Report on vaccination in Madras 1922-1929 - 1922-1929
Year: 1922
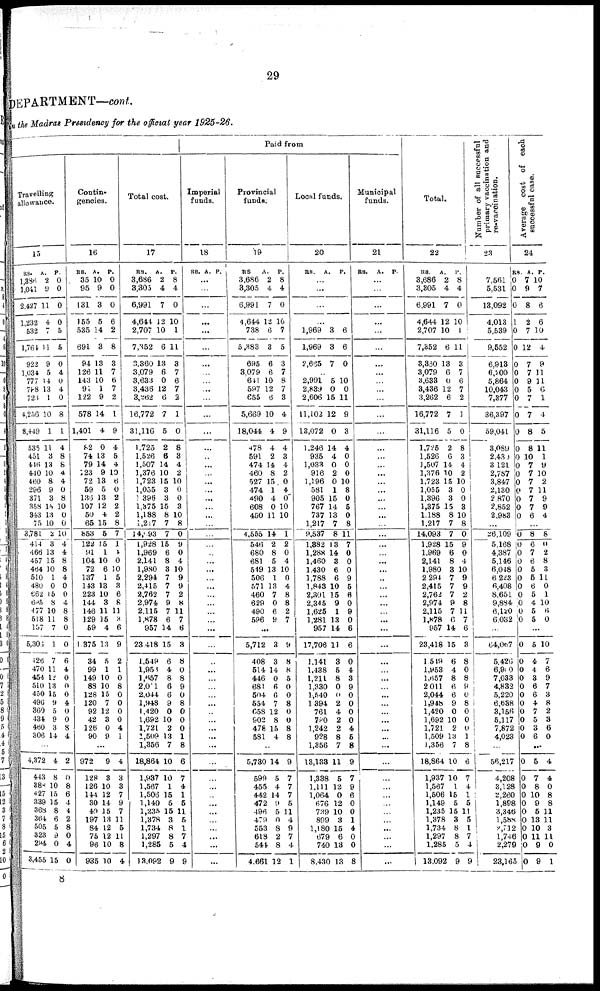
29
DEPARTMENT—cont.
in the Madras Presidency for the official year 1925-26.
Travelling
allowance.
15
RS.
l,386
1,041
2,427
1,232
532
1,764
922
1,034
777
788
723
4,256
8,449
535
451
446
440
460
296
371
358
343
75
3,781
414
466
457
464
510
480
662
695
477
518
157
6,306
426
470
454
510
450
496
360
434
460
306
A.
2
9
11
4
7
11
9
5
14
13
1
10
1
11
3
13
10
8
9
3
15
13
10
2
3
13
15
10
1
0
15
8
10
11
7
1
7
11
12
13
15
9
5
9
3
14
P.
0
0
0
0
5
5
0
4
0
4
0
8
1
4
8
8
4
4
0
8
10
0
0
10
4
4
8
8
4
0
0
4
8
8
0
0
6
4
0
0
0
4
0
0
8
4
...
4,372
443
383
427
339
368
364
505
323
294
3,455
4
8
10
15
15
8
6
5
9
0
15
2
0
8
6
4
4
2
8
0
4
0
Contin-
gencies.
16
RS.
35
95
131
155
535
691
94
126
143
91
122
578
1,401
82
74
79
123
72
59
136
107
50
65
853
122
91
104
72
137
143
223
144
146
129
59
1,375
34
99
149
83
128
120
92
42
126
90
A.
10
9
3
5
14
3
13
11
10
1
9
14
4
0
13
14
9
13
5
13
12
4
15
5
15
1
10
6
1
13
10
3
11
15
4
13
5
1
10
10
15
7
12
3
0
9
P.
0
0
0
6
2
8
3
7
6
7
2
1
9
4
5
4
10
6
0
2
2
2
8
7
1
4
0
10
5
3
6
8
11
3
6
9
2
1
0
8
0
0
0
0
4
1
...
972
128
126
144
30
40
197
84
75
96
935
9
3
10
12
14
15
13
12
12
10
10
4
3
3
7
9
7
11
5
11
8
4
Total cost.
17
RS.
3,686
3,305
6,991
4,641
2,707
7,352
3,360
3,079
3,633
3,436
3,262
16,772
31,116
1,725
1,526
1,507
1,376
1,723
1,055
1,396
1,375
1,188
1,217
14,093
1,928
1,969
2,141
1,980
2,294
2,415
2,762
2,974
2,115
1,878
957
23,418
1,549
1,953
1,657
2,001
2,044
1,948
1,420
1,692
1,721
1,509
1,356
18,864
1,987
1,567
1,506
1,149
1,235
1,378
1,734
1,297
1,285
13,092
A.
2
4
7
12
10
6
13
6
0
12
6
7
5
2
6
14
10
15
3
3
15
8
7
7
15
6
8
3
7
7
7
9
7
6
14
15
6
4
8
6
6
9
0
10
2
13
7
10
10
1
15
5
15
3
8
8
5
9
P.
8
4
0
10
1
11
3
7
6
7
2
1
0
8
3
4
2
10
0
0
3
10
8
0
9
0
4
10
9
9
2
8
11
7
6
3
8
0
8
9
0
8
0
0
0
1
8
6
7
4
1
5
11
5
1
7
4
9
Paid from
Imperial
funds.
18
RS. A. P.
...
...
...
...
...
...
...
...
...
...
...
...
...
...
...
...
...
...
...
...
...
...
...
...
...
...
...
...
...
...
...
...
...
...
...
...
...
...
...
...
...
...
...
...
...
...
...
...
...
...
...
...
...
...
...
...
...
...
Provincial
funds.
19
RS.
3,686
3,305
6,991
4,644
738
5,383
695
3,079
611
597
655
5,669
18,044
478
591
474
460
527
474
490
608
450
A.
2
4
7
12
6
3
6
6
10
12
6
10
4
4
2
14
8
15
1
4
0
11
P.
8
4
0
10
7
5
3
7
8
7
3
4
9
4
3
4
2
0
4
0
10
10
...
4,555
546
680
681
549
506
571
460
629
490
596
14
2
8
5
13
1
13
7
0
6
9
1
2
0
4
10
0
4
8
8
2
7
...
5,712
408
514
446
681
504
554
658
902
478
581
3
3
14
0
6
6
7
12
8
15
4
9
8
8
5
0
0
8
0
0
8
8
...
5,730
599
455
442
472
496
479
553
618
544
4,661
14
5
4
14
9
5
0
8
2
8
12
9
7
7
7
5
11
4
9
7
4
1
Local funds.
20
RS.
A. P.
...
...
...
...
1,969
1,969
2,635
3
3
7
6
6
0
...
2,991
2,839
2,606
11,102
13,072
1,246
935
1,033
916
1,196
581
905
767
737
1,217
9,537
1,382
1,288
1,460
1,430
1,788
1,843
2,301
2,345
1,625
1,281
957
17,706
1,141
1,438
1,211
1,330
1,540
1,394
761
780
1,242
928
1,356
13,133
1,338
1.111
1,064
676
739
899
1,180
679
740
8,430
5
0
15
12
0
14
4
0
2
0
1
15
14
13
7
8
13
14
3
6
6
10
15
9
1
13
14
11
3
5
8
0
0
2
4
2
2
8
7
11
5
12
0
12
10
3
15
6
18
13
10
0
11
9
3
4
0
0
0
10
8
0
5
0
8
11
7
0
0
0
9
5
6
0
9
0
6
6
0
4
3
9
0
0
0
0
4
5
8
9
7
9
6
0
0
1
4
0
0
8
Municipal
funds.
21
RS. A. P.
...
...
...
...
...
...
...
...
...
...
...
...
...
...
...
...
...
...
...
...
...
...
...
...
...
...
...
...
...
...
...
...
...
...
...
...
...
...
...
...
...
...
...
...
...
...
...
...
...
...
...
...
...
...
...
...
...
...
Total.
22
RS.
3,686
3,305
6,991
4,644
2,707
7,352
3,330
3,079
3,633
3,436
3,262
16,772
31,116
1,725
1,526
1,507
1,376
1,723
1,055
1,396
1,375
1,188
1,217
14,093
1,928
1,969
2,141
1,980
2,294
2,415
2,762
2,974
2,115
1,878
957
23,418
1,519
1,953
1,657
2011
2,044
1,948
1,420
1,692
1,721
1,509
1,356
18,864
1,937
1,567
1,506
1,149
1,235
1,378
1,734
1,297
1,285
13,092
A.
2
4
7
12
10
6
13
6
0
12
6
7
5
2
6
14
10
15
3
3
15
8
7
7
15
6
8
3
7
7
7
9
7
6
14
15
6
4
8
6
6
9
0
10
2
13
7
10
10
1
15
5
15
3
8
8
5
9
P.
8
4
0
10
1
11
3
7
6
7
2
1
0
8
3
4
2
10
0
0
3
10
8
0
9
0
4
10
9
9
2
8
11
7
6
3
8
0
8
9
0
8
0
0
0
1
8
6
7
4
1
5
11
5
1
7
4
9
Number of all successful
primary vaccination and
re-vaccination.
23
7,561
5,531
13,092
4,013
5,539
9,552
6,913
6,200
5,864
10,043
7,377
36,397
59,041
3,089
2,430
3,121
2,787
3,847
2,130
2,870
2,852
2,983
...
26,109
5,168
4,387
5,146
6,048
6,223
6,408
8,651
9,884
6,120
6,032
...
64,067
5,426
6,900
7,033
4,832
5,220
6,638
3,156
5,117
7,872
4,023
...
56,217
4,208
3,128
2,260
1,898
3,346
1,588
2,712
1,746
2,279
23,165
Average cost of each
successful case.
24
RS.
0
0
0
1
0
0
0
0
0
0
0
0
0
0
0
0
0
0
0
0
0
0
A.
7
9
8
2
7
12
7
7
9
5
7
7
8
8
10
7
7
7
7
7
7
6
P.
10
7
6
6
10
4
9
1
11
6
1
4
5
11
1
9
10
2
11
9
9
4
...
0
0
0 0
0
0
0
0
0
0
0
8
6
7
6
5
5
6
5
4
5
5
8
0
2
8
3
11
0
1
10
6
0
...
0
0
0
0
0
0
0
0
0
0
0
5
4
4
3
6
6
4
7
5
3
6
10
7
6
9
7
3
8
2
3
6
0
...
0
0
0
0
0
0
0
0
0
0
0
5
7
8
10
9
5
13
10
11
9
9
4
4
0
8
8
11
11
3
11
0
1
8